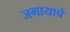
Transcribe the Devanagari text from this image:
जगायाचे